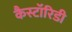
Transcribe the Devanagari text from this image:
कैस्टॉरिडी